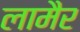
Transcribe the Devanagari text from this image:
लामैर